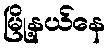
မြို့နယ်နေ